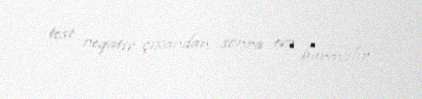
test neqativ çıxandan sonra evə buraxılır”.